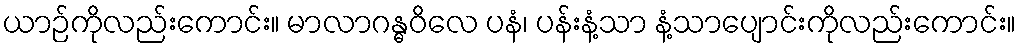
ယာဉ်ကိုလည်းကောင်း။ မာလာဂန္ဓဝိလေ ပနံ၊ ပန်းနံ့သာ နံ့သာပျောင်းကိုလည်းကောင်း။